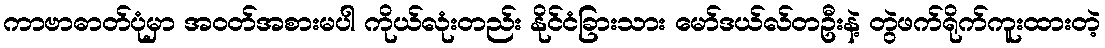
ကာဗာဓာတ်ပုံမှာ အဝတ်အစားမပါ ကိုယ်လုံးတည်း နိုင်ငံခြားသား မော်ဒယ်လ်တဦးနဲ့ တွဲဖက်ရိုက်ကူးထားတဲ့